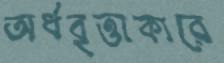
অর্ধবৃত্তাকারে